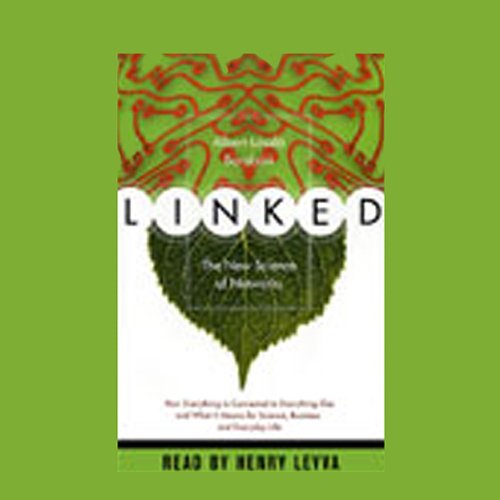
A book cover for Linked: The New Science of Networks; Albert-Laszlo Barabasi; Business & Money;